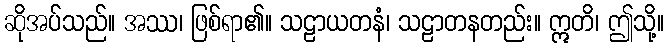
ဆိုအပ်သည်။ အဿ၊ ဖြစ်ရာ၏။ သဠာယတနံ၊ သဠာတနတည်း။ ဣတိ၊ ဤသို့။